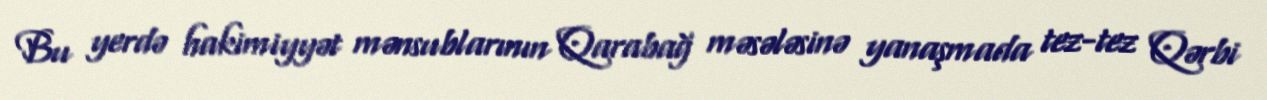
Bu yerdə hakimiyyət mənsublarının Qarabağ məsələsinə yanaşmada tez-tez Qərbi